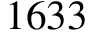
1 6 3 3